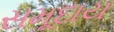
સમૂદાય